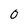
Character: 0